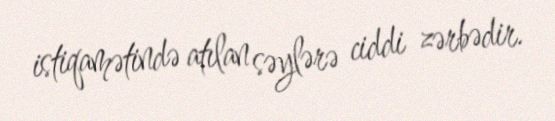
istiqamətində atılan səylərə ciddi zərbədir.